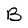
Character: B